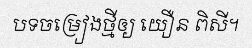
បទចម្រៀងថ្មីឲ្យ យឿន ពិសី។